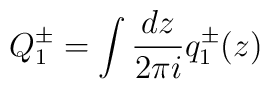
Q^{\pm}_{1}=\int {dz\over 2\pi i} q_{1}^{\pm}(z)